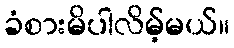
ခံစားမိပါလိမ့်မယ်။